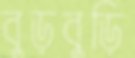
বুড়বুড়ি